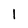
Character: l